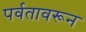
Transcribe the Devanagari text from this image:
पर्वतावरून